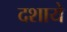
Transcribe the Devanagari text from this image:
दशाये